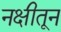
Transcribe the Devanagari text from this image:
नक्षीतून